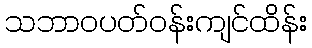
သဘာဝပတ်ဝန်းကျင်ထိန်း